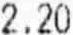
2.20